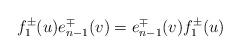
LaTeX: \begin{align*}f_{1}^{\pm}(u)e_{n-1}^{\mp}(v)=e_{n-1}^{\mp}(v)f_{1}^{\pm}(u)\end{align*}